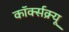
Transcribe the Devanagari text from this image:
कॉर्क्सक्र्यू